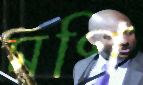
মণি